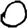
Digit: 0